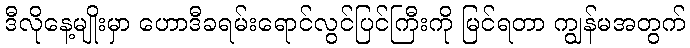
ဒီလိုနေ့မျိုးမှာ ဟောဒီခရမ်းရောင်လွင်ပြင်ကြီးကို မြင်ရတာ ကျွန်မအတွက်